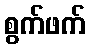
စွက်ဖက်